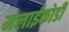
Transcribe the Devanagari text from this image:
मलाईकोडी